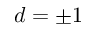
d = \pm 1